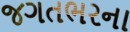
જગતભરના